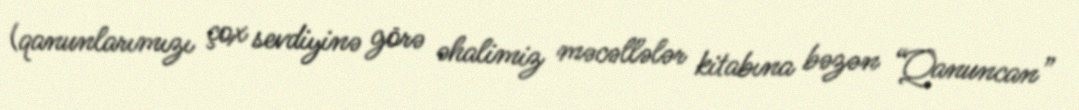
(qanunlarımızı çox sevdiyinə görə əhalimiz məcəllələr kitabına bəzən “Qanuncan”